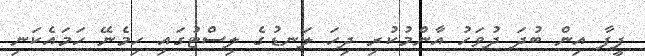
ފީފާ އިން ބުދަ ދުވަހު އާންމުކުރި ދިހަ ލަނޑުގެ ލިސްޓުގައި ހިމެނޭ ހަމައެކަނި